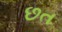
છત